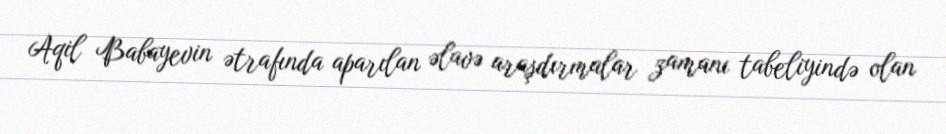
Aqil Babayevin ətrafında aparılan əlavə araşdırmalar zamanı tabeliyində olan